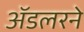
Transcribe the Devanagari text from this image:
ॲडलरने